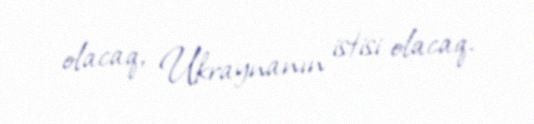
olacaq, Ukraynanın istisi olacaq.